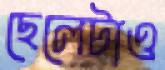
ছেলেটাও